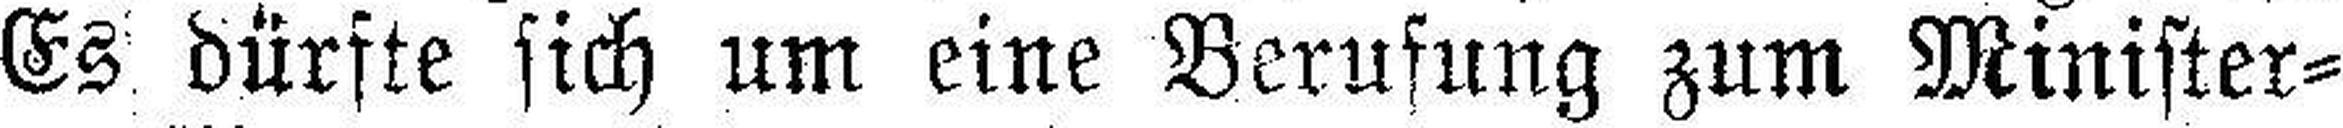
Es dürfte sich um eine Berufung zum Minister¬